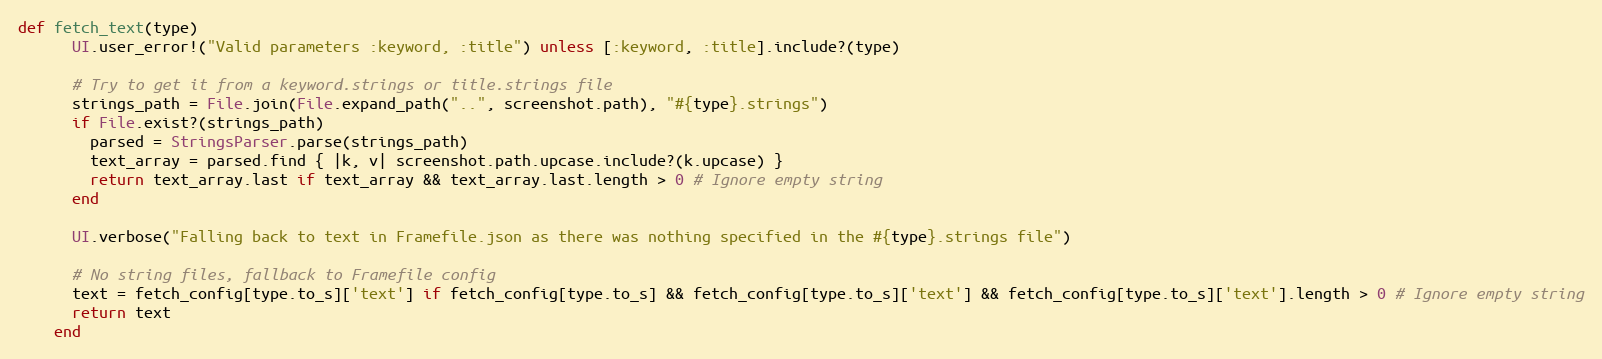
Language: Ruby
def fetch_text(type)
      UI.user_error!("Valid parameters :keyword, :title") unless [:keyword, :title].include?(type)

      # Try to get it from a keyword.strings or title.strings file
      strings_path = File.join(File.expand_path("..", screenshot.path), "#{type}.strings")
      if File.exist?(strings_path)
        parsed = StringsParser.parse(strings_path)
        text_array = parsed.find { |k, v| screenshot.path.upcase.include?(k.upcase) }
        return text_array.last if text_array && text_array.last.length > 0 # Ignore empty string
      end

      UI.verbose("Falling back to text in Framefile.json as there was nothing specified in the #{type}.strings file")

      # No string files, fallback to Framefile config
      text = fetch_config[type.to_s]['text'] if fetch_config[type.to_s] && fetch_config[type.to_s]['text'] && fetch_config[type.to_s]['text'].length > 0 # Ignore empty string
      return text
    end